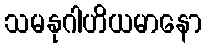
သမနုဂါဟိယမာနော